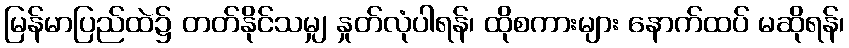
မြန်မာပြည်ထဲ၌ တတ်နိုင်သမျှ နှုတ်လုံပါရန်၊ ထိုစကားများ နောက်ထပ် မဆိုရန်၊